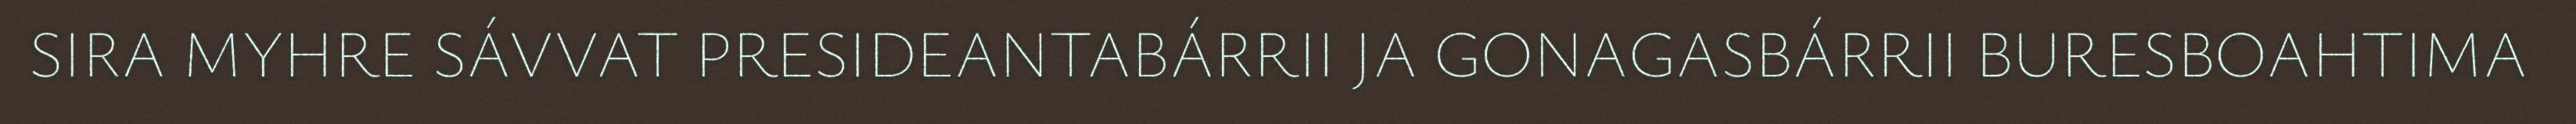
SIRA MYHRE SÁVVAT PRESIDEANTABÁRRII JA GONAGASBÁRRII BURESBOAHTIMA